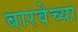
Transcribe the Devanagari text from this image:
बारवेच्या